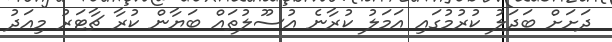
ދަށަށް ބަދަލު ކުރުމުގައި އަމަލު ކުރާނެ އުސޫލުތައް ބަޔާން ކުރާ ޗާޓަރު މިއަދު